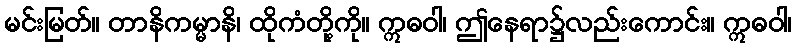
မင်းမြတ်။ တာနိကမ္မာနိ၊ ထိုကံတို့ကို။ ဣဓဝါ၊ ဤနေရာ၌လည်းကောင်း။ ဣဓဝါ၊